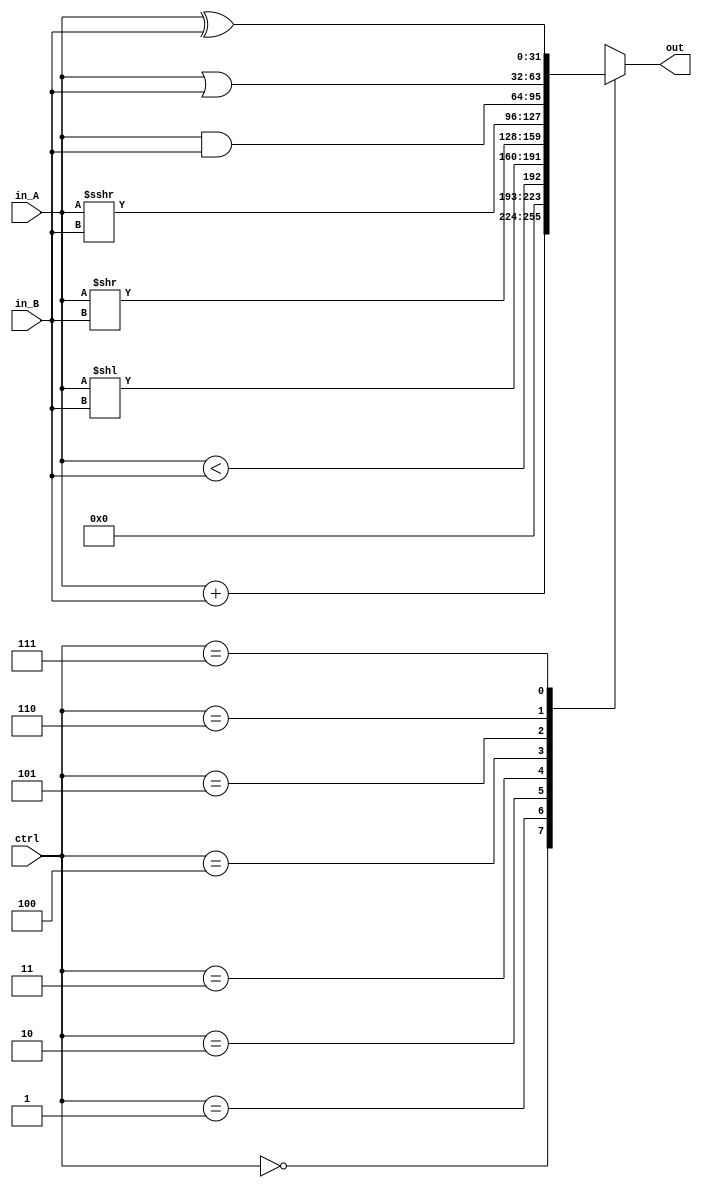
module ALU(ctrl, in_A, in_B, out);
    input [ 2:0] ctrl;
    input [31:0] in_A, in_B;
    output [31:0] out;

    // Todo
    reg [31:0] reg32_out;

    assign out = reg32_out;

    always @(*) begin
        case (ctrl)
            3'd0: reg32_out = in_A + in_B;
            3'd1: reg32_out = in_A < in_B;
            3'd2: reg32_out = in_A << in_B;
            3'd3: reg32_out = in_A >> in_B;
            3'd4: reg32_out = in_A >>> in_B;
            3'd5: reg32_out = in_A & in_B;
            3'd6: reg32_out = in_A | in_B;
            3'd7: reg32_out = in_A ^ in_B;
            default:  reg32_out = 32'h3141_5926;
        endcase
    end
endmodule